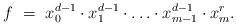
LaTeX: \begin{align*}f \ = \ x_0^{d-1}\cdot x_{1}^{d-1}\cdot \ldots\cdot x_{m-1}^{d-1}\cdot x_m^{r}.\end{align*}